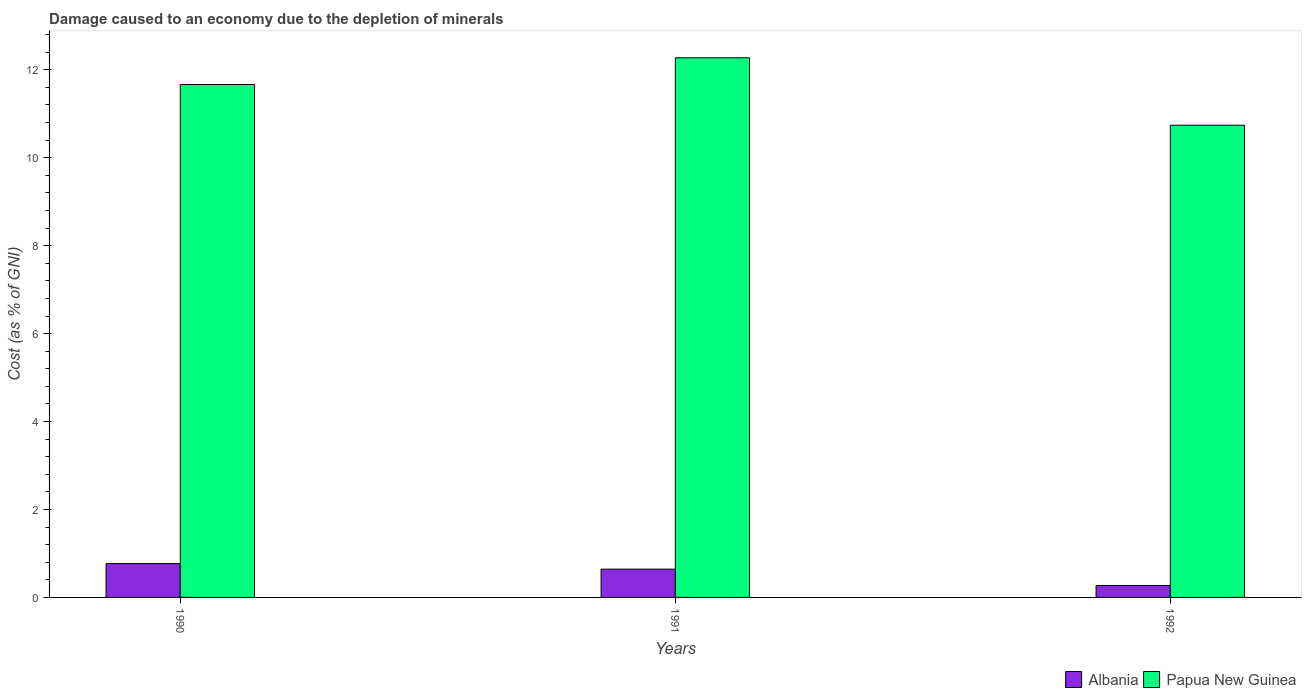
| Years | Albania | Papua New Guinea |
 | --- | --- | --- |
 | 1990 | 0.769 | 11.7 |
 | 1991 | 0.643 | 12.3 |
 | 1992 | 0.272 | 10.7 |